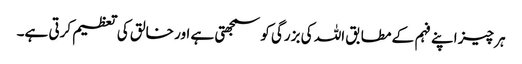
ہر چیز اپنے فہم کے مطابق اللہ کی بزرگی کو سمجھتی ہے اور خالق کی تعظیم کرتی ہے۔